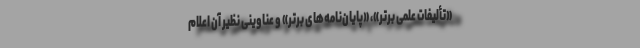
«تألیفات علمی برتر»، «پایان‌نامه‌های برتر» و عناوینی نظیر آن اعلام